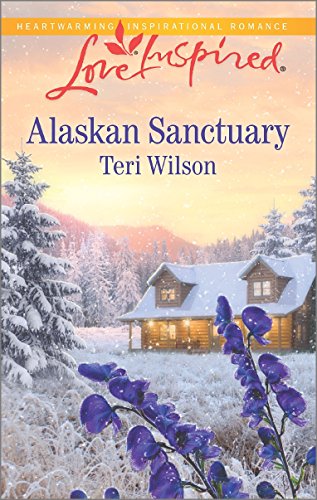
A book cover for Alaskan Sanctuary (Love Inspired); Teri Wilson; Romance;